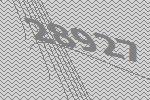
28927